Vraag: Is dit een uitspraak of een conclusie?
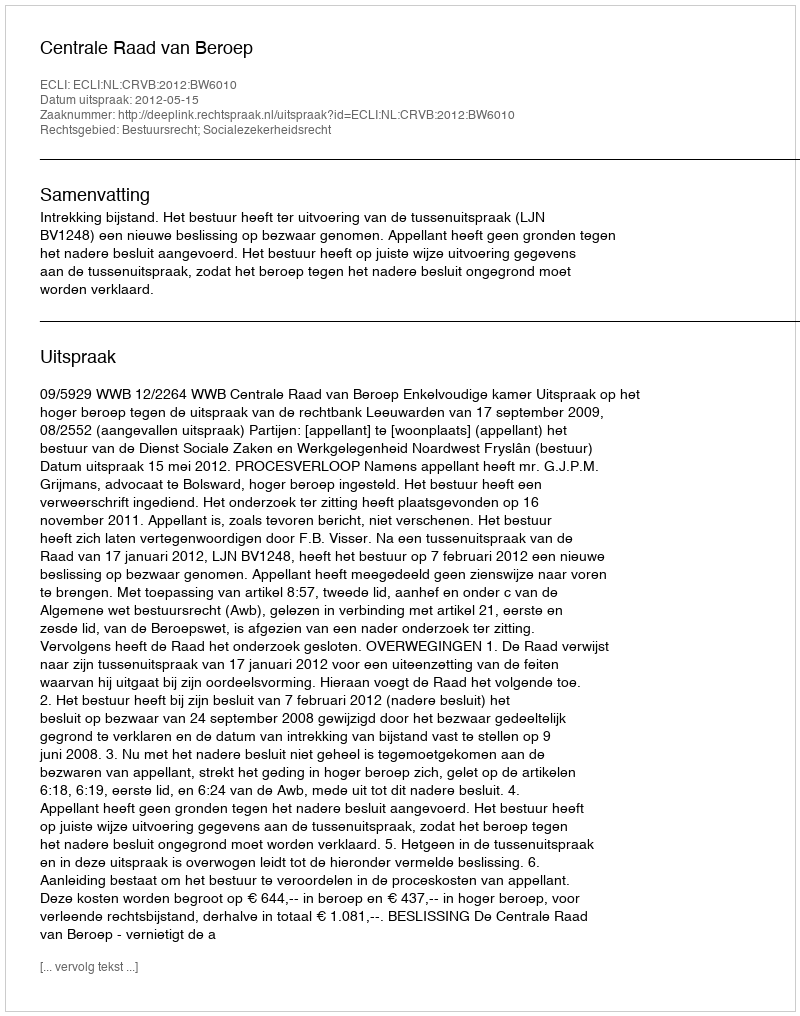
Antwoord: Uitspraak